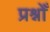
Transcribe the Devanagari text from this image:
प्रश्नोँ